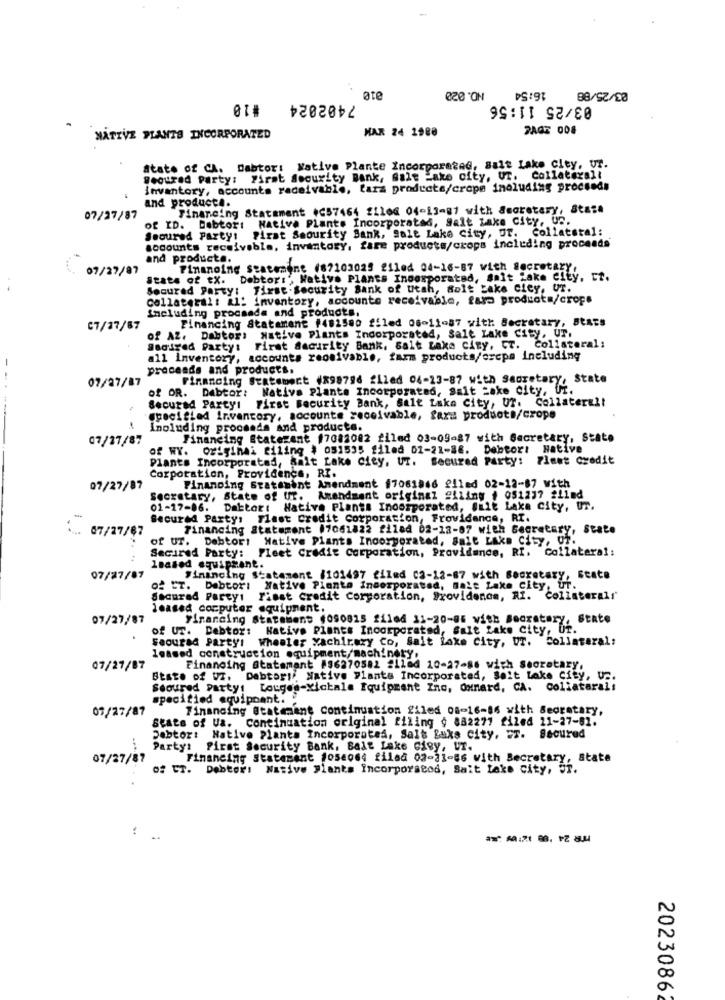
NO.020
16:54
03/25/88
#18
7402024
øte
03/25 11:56
MAR 24 1980
PAGE 008
NATIVE PLANTS INCORPORATED
State of CA. Dabtor: Native Plante Incorporated, Salt Lake City, UT.
Secured Party: First Security Bank, Salt Lake city, UT. Collaterali
inventory, accounts radeivable, larz products/crope including proceeds
and product !.
Financing Statement (C57464 filed 04-13-81 with Secretary, Stai#
07/27/87
of ID. Debtor: Native Plants Incorporated, Salt Lake City, Un.
Sooured Party: Pirat Seourity Bank, Salt Lake city, OT. Collatstal:
socounts receivable, inventory, fare products/crops including proceeds
and producta.
07/27/87
Pinanoing statemine (87103025 filed 04-16-87 with Secretary,
State of tx. Debtor :,, Native Plants Incorporated, Salt Lake city, ct.
Secured Party: First Security Sank of utah, salt Lake city, UT.
Collateral: al: inventory, accounts receivable, fara products/crops
including procsada and products.
Financing Statamene #482580 filed 06-11-87 with Secretary, Stats
C7/27/67
of AZ, Dabtor: Native Plants Incorporated, Salt Lake city, UT.
Saniyed Party: First Security Bank, Salt Lake city, CT. Collateral;
all Inventory, accounts receivable, farm products/oreps including
preceads and products.
07/27/87
Financing Statement (898796 filed 04-23-87 with Secretary, State
of OR. Debtor: Native Plants Incorporated, Salt Lake city, fr.
Secured Party: First Security Bank, Salt Lake City, UT. Collateral!
specified inventory, accounts receivable, farz products/crope
Inoluding proceeds and products.
07/27/87
Financing Statezent 17082002 filed 03-09-87 with Secretary, State
of WY. Originai ciling # 051535 filed 01-21-86. Debtor: Hative
Plants Incorporated, Salt Lake City, UT. Secured Party: Flest credit
Corporation, Providence, RI.
07/27/87
Financing Statement Amendment 17061846 filed 02-12-87 with
Secretary, State of UT. Amendment original "11iny + 051237 211ed
01-17-06. Daktor: Native Plants Incorporated, Salt Lake City, UT.
Secured Partys Tlast credit Corporation, Frovidance, RI.
Financing Statement 17061822 filad 02-12-87 with Secretary, State
07/27/67
of UT. Debtor: Native Plants Incorporated, Salt Lake City, U
Pleet Credit Corporation, Providence, RI. Collateral:
Secured Party:
leased equipment.
07/27/87
Financing Statement (101497 filed 02-12-87 with Secretary, State
of ET. Debtor: Native Pianta incorporated, mait Lake city, ur.
Sacurad Party: Pisst credit Corporation, Providence, RI. Collateral!'
leased computer equipment.
07/27/87
Financing Statement (090825 filed 11-20-86 with Secretary, State
of UT. Debtor: Native Plants Incorporated, Salt Lake City, UT.
Wheeler xachirary Co, Salt lake City, Dr. Collateral:
Seourad Party!
leased construction equipment/machinery,
07/27/87
Finanoing Statemant #96270582 211ed 10-27-86 with secretary.
State of Wz. Debtor:'. Native Plants Incorporated, Salt lake city, Un.
Seoured Party! Lougee-xichala Equipment Inc, Oxnard, CA. Collaterali
specified equipoant.
07/27/87
Financing Statemant continuation filed 08-16-86 with Secretary,
Stats of Ua. continuation original filing § 882277 filed 11-27-81.
Debtor: Native Plants Incorporated, Salt Lake city, ET. Secured
Party: First Security Bank, Salt Lake City, UT.
07/27/87
Financing Statement 1054064 filed 02-31-86 with Secretary, state
of ET. Debtors Native Plants Incorporstod, Salt Lake City, ST.
...
:
2023086